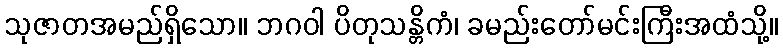
သုဇာတအမည်ရှိသော။ ဘဂဝါ ပိတုသန္တိကံ၊ ခမည်းတော်မင်းကြီးအထံသို့။